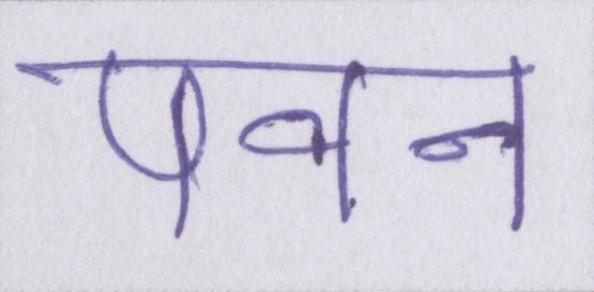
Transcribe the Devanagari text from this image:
पवन